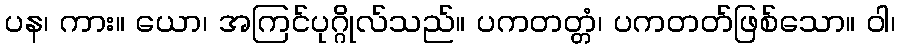
ပန၊ ကား။ ယော၊ အကြင်ပုဂ္ဂိုလ်သည်။ ပကတတ္တံ၊ ပကတတ်ဖြစ်သော။ ဝါ၊